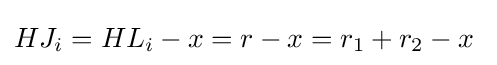
HJ_{i}=HL_{i}-x=r-x=r_{1}+r_{2}-x~